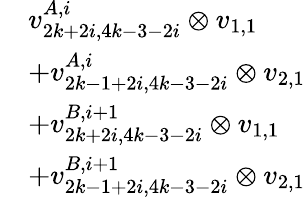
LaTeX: \begin{array}{rl}&{v_{2k+2i,4k-3-2i}^{A,i}\otimes v_{1,1}}\\ &{+v_{2k-1+2i,4k-3-2i}^{A,i}\otimes v_{2,1}}\\ &{+v_{2k+2i,4k-3-2i}^{B,i+1}\otimes v_{1,1}}\\ &{+v_{2k-1+2i,4k-3-2i}^{B,i+1}\otimes v_{2,1}}\end{array}